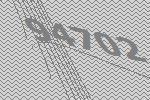
94702